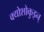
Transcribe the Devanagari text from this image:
क्योशोकुइन्